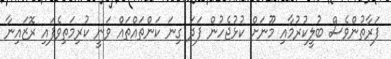
ފަރާތުންވެސް ބުލީކުރުމާއި މޫނަށް ކުޅުޖެހުން ފަދަ ގިނަ ކަންތައްތައް ވަނީ ކުރިމަތިވެފައި ރޮޒައިނާ